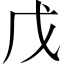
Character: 戊